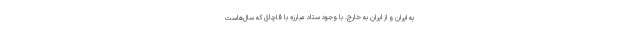
به ایران و از ایران به خارج. با وجود ستاد مبارزه با قاچاق که سال‌هاست